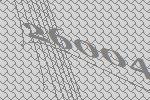
26004